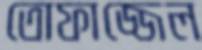
তোফাজ্জেল